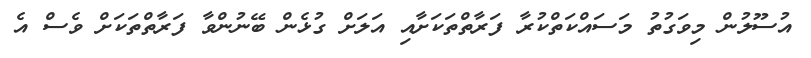
އުސޫލުން މިވަގުތު މަސައްކަތްކުރާ ފަރާތްތަކަށާއި އަލަށް ގުޅެން ބޭނުންވާ ފަރާތްތަކަށް ވެސް އެ